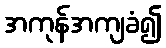
အကုန်အကျခံ၍